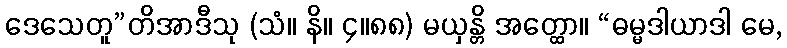
ဒေသေတူ”တိအာဒီသု (သံ။ နိ။ ၄။၈၈) မယှန္တိ အတ္ထော။ “ဓမ္မဒါယာဒါ မေ,